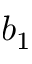
b _ { 1 }